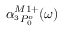
\alpha _ { ^ 3 P _ { 0 } ^ { o } } ^ { M 1 + } ( \omega )